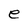
Character: e